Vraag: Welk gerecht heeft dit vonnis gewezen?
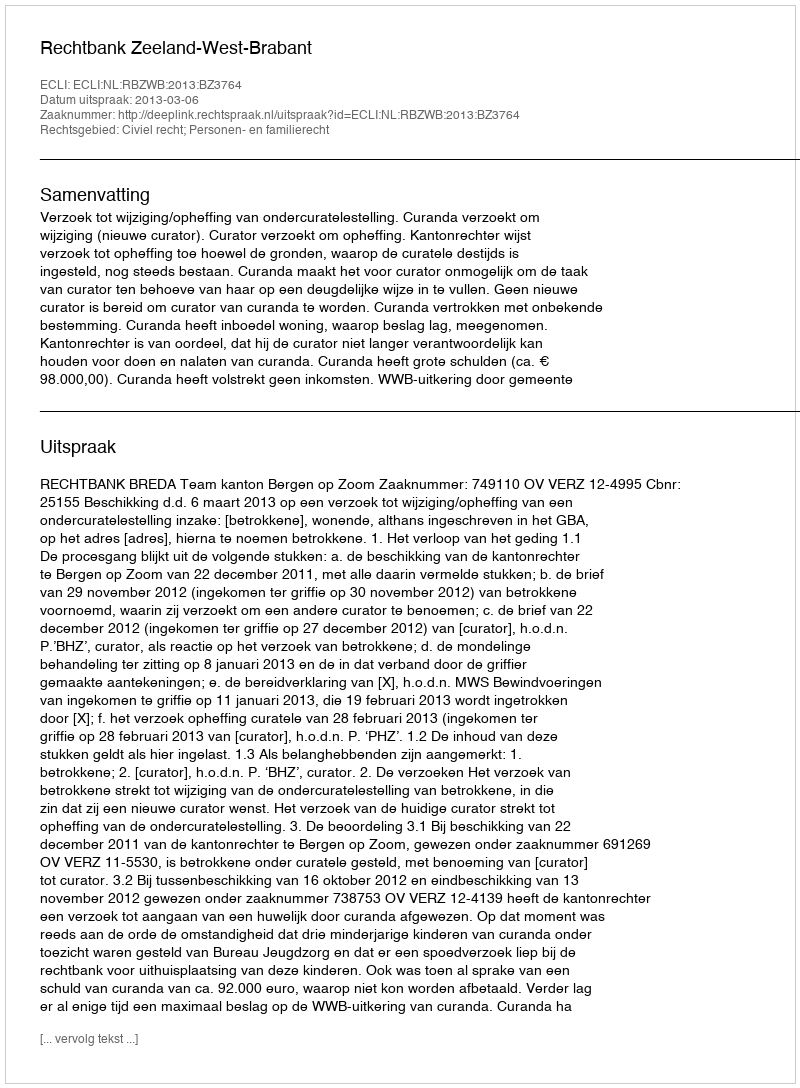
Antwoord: Rechtbank Zeeland-West-Brabant